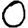
Digit: 0